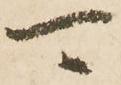
可